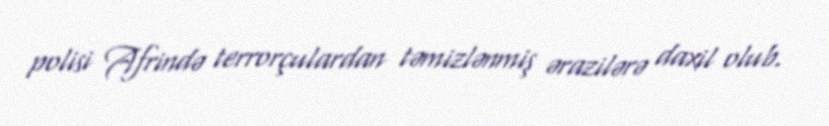
polisi Afrində terrorçulardan təmizlənmiş ərazilərə daxil olub.